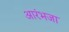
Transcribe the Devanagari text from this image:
आरंभजा